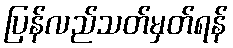
ပြန်လည်သတ်မှတ်ရန်